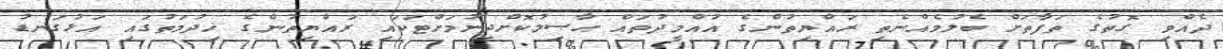
ދެއްވި ގޮތުގެ ތަފާތަށް ބެލުމެއްނެތި ރައްޔިތުންގެ އުއްމީދުތައް ޙާޞިލުކޮށްދިނުމަށްޓަކައި ރައްޔިތުންގެ ޚިދުމަތުގައި އަޅުގަނޑު